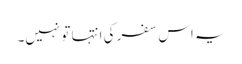
یہ اس سفر کی انتہا تو نہیں۔